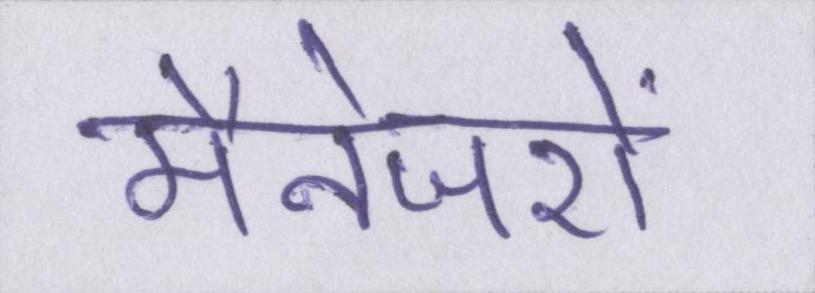
मैनेजरों